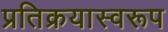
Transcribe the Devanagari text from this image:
प्रतिक्रयास्वरूप